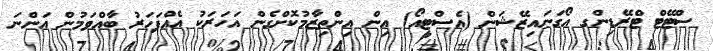
ސްޓޭޓް ޓްރޭޑިންގ އޯގަނައިޒޭޝަން (އެސްޓީއޯ) އިން އިންތިޒާމުކޮށްގެން އަހަރަކު އެއްފަހަރު ބާއްވަމުން އަންނަ